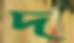
দ